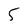
Character: 5